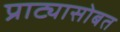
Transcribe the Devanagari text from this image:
प्राट्यासोबत